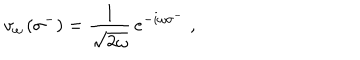
v _ { \omega } \left( \sigma ^ { - } \right) = { \frac { 1 } { \sqrt { 2 \omega } } } \, e ^ { - i \omega \sigma ^ { - } } \; ,